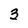
Character: 3